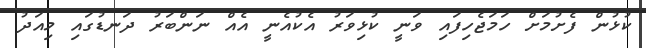
ކުޅުން ފެށުމަށް ހަމަޖެހިފައި ވަނީ ކުޅިވަރު އެކުއެނީ އެއް ނަންބަރު ދަނޑުގައި މިއަދު